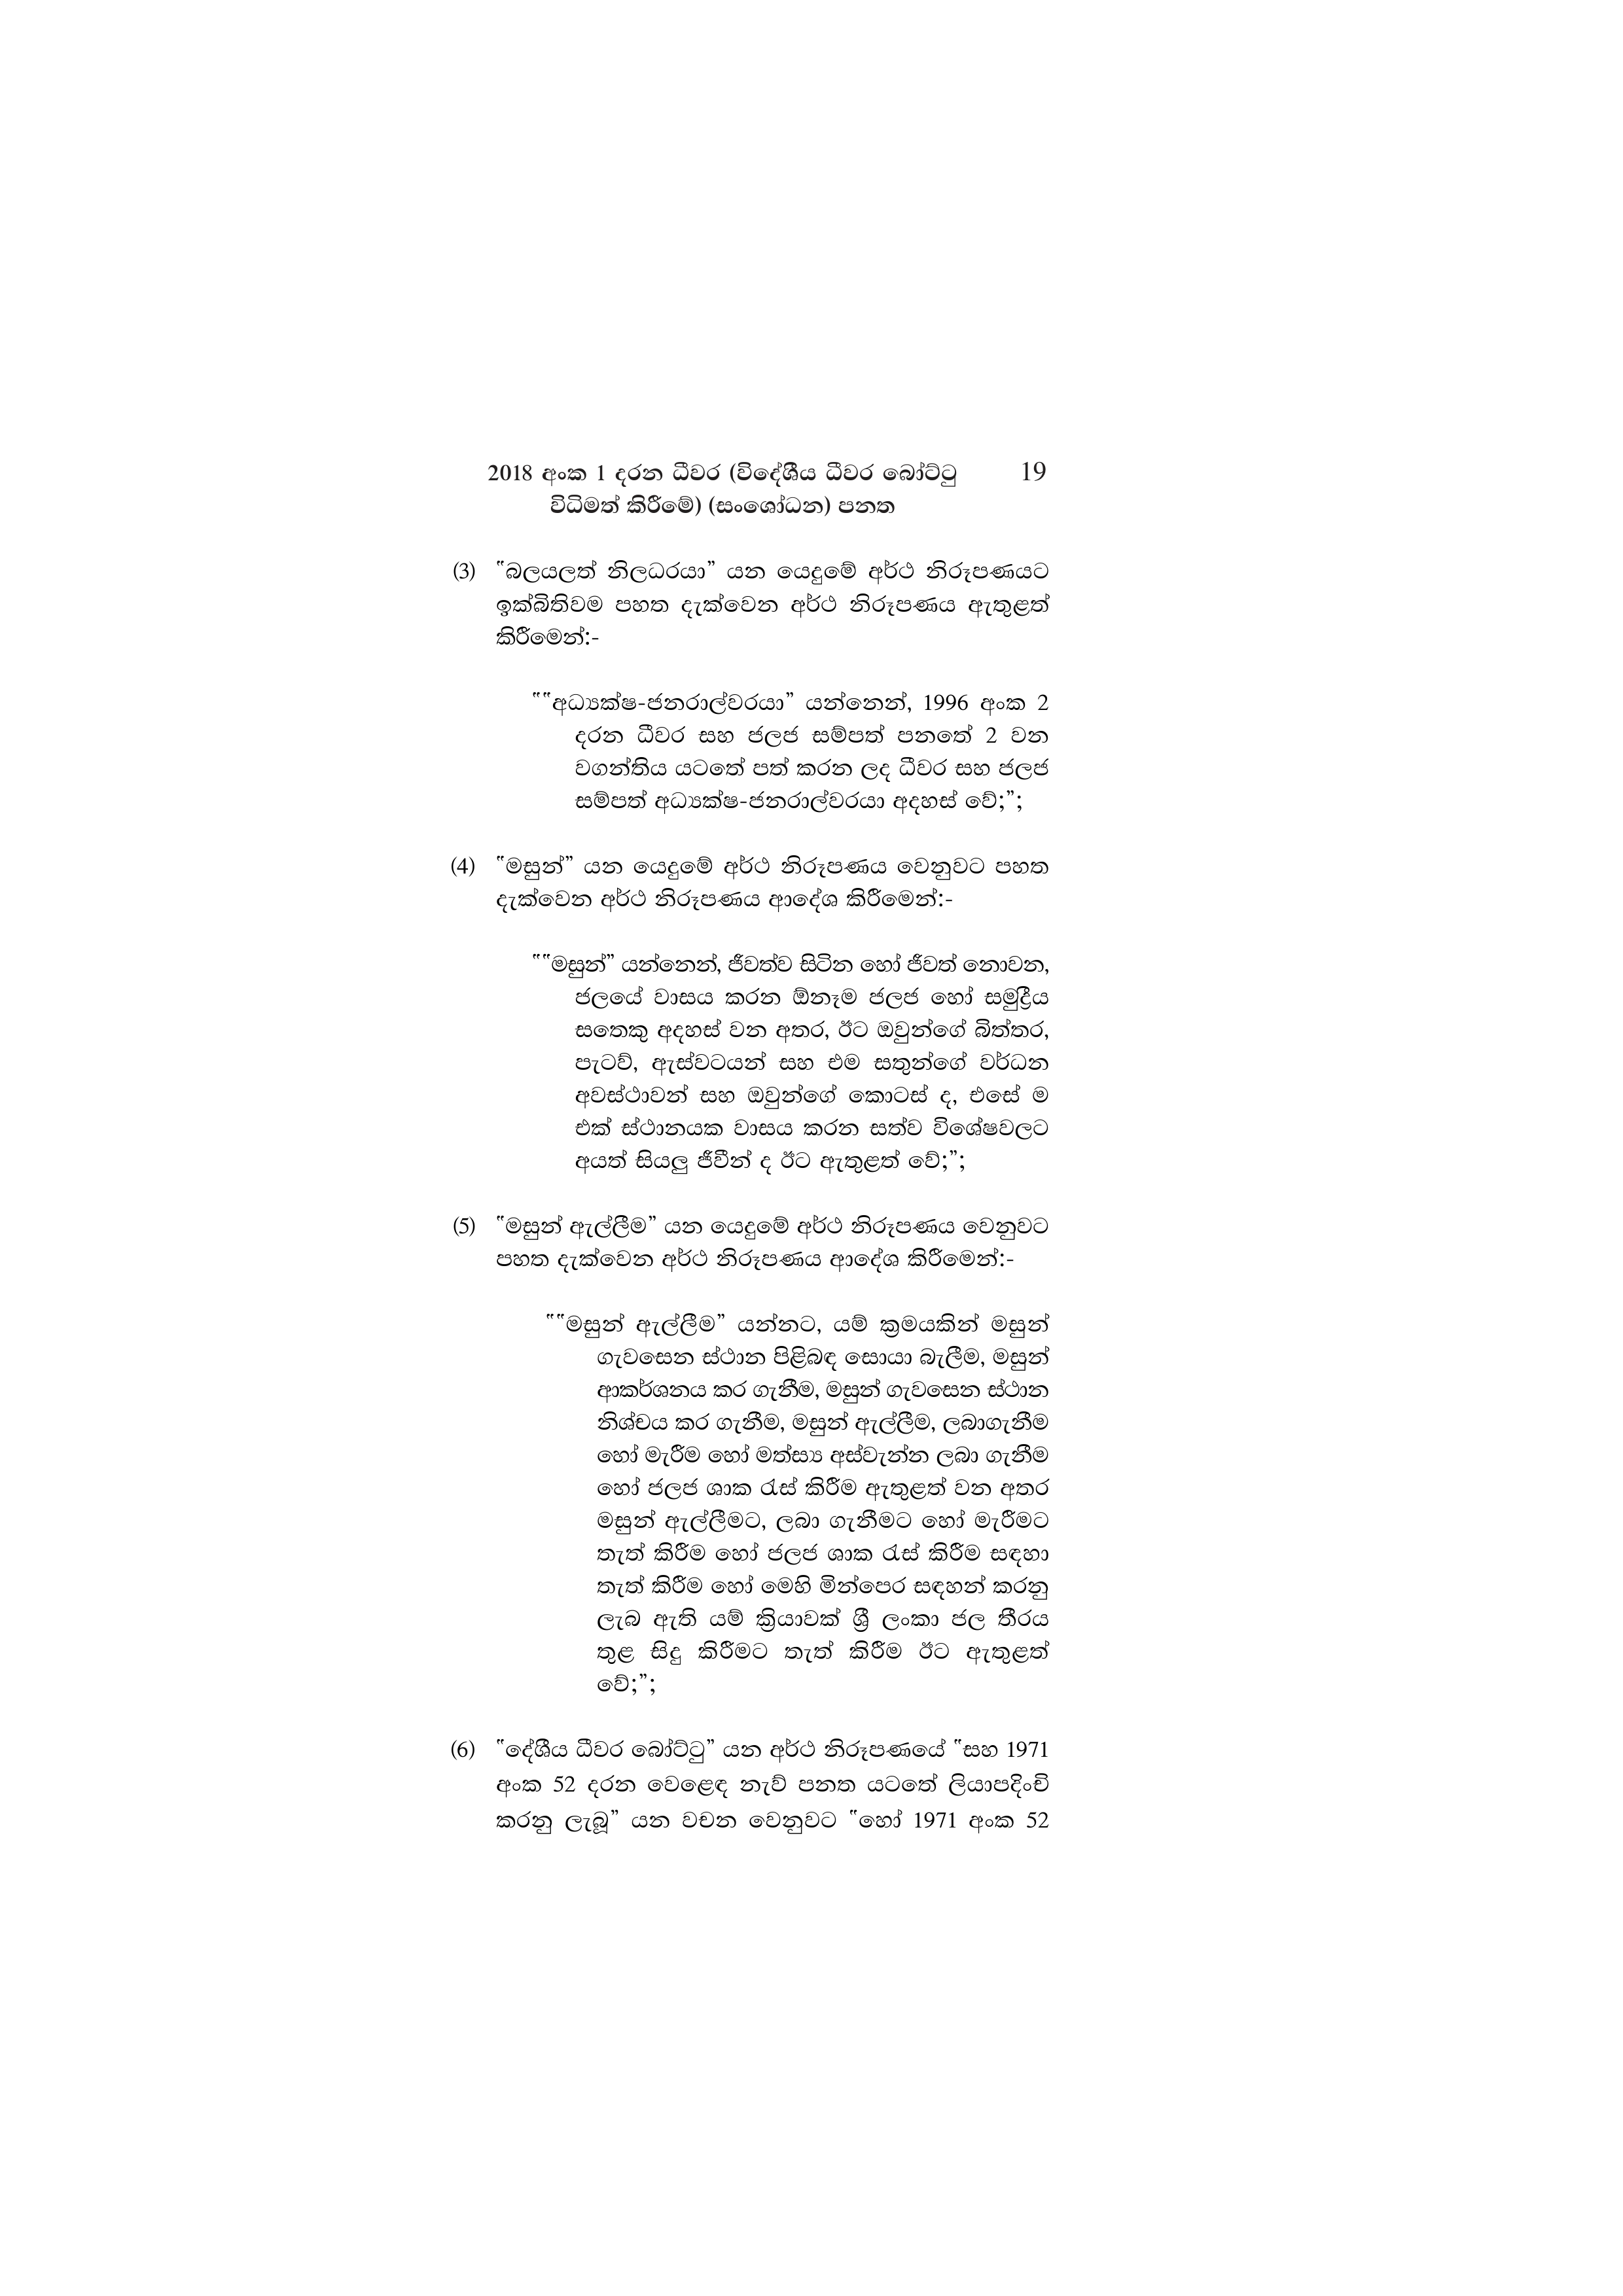
2018 අංක 1 දරන ධීවර (විදේශීය ධීවර බෝට්ටු 19
විධිමත් කිරීමේ) (සංශෝධන) පනත

(3) "බලයලත් නිලධරයා” යන යෙදුමේ අර්ථ නිරූපණයට
ඉක්බිතිවම පහත දැක්වෙන අර්ථ නිරූපණය ඇතුළත්
කිරීමෙන්:-

""අධ්‍යක්ෂ-ජනරාල්වරයා” යන්නෙන්, 1996 අංක 2
දරන ධීවර සහ ජලජ සම්පත් පනතේ 2 වන
වගන්තිය යටතේ පත් කරන ලද ධීවර සහ ජලජ
සම්පත් අධ්‍යක්ෂ-ජනරාල්වරයා අදහස් වේ;";

(4) "මසුන්” යන යෙදුමේ අර්ථ නිරූපණය වෙනුවට පහත
දැක්වෙන අර්ථ නිරූපණය ආදේශ කිරීමෙන්:-

""මසුන්” යන්නෙන්, ජීවත්ව සිටින හෝ ජීවත් නොවන,
ජලයේ වාසය කරන ඕනෑම ජලජ හෝ සමුද්‍රීය
සතෙකු අදහස් වන අතර, ඊට ඔවුන්ගේ බිත්තර,
පැටව්, ඇස්වටයන් සහ එම සතුන්ගේ වර්ධන
අවස්ථාවන් සහ ඔවුන්ගේ කොටස් ද, එසේ ම
එක් ස්ථානයක වාසය කරන සත්ව විශේෂවලට
අයත් සියලු ජීවීන් ද ඊට ඇතුළත් වේ;”;

(5) "මසුන් ඇල්ලීම” යන යෙදුමේ අර්ථ නිරූපණය වෙනුවට
පහත දැක්වෙන අර්ථ නිරූපණය ආදේශ කිරීමෙන්:-

""මසුන් ඇල්ලීම” යන්නට, යම් ක්‍රමයකින් මසුන්
ගැවසෙන ස්ථාන පිළිබඳ සොයා බැලීම, මසුන්
ආකර්ශනය කර ගැනීම, මසුන් ගැවසෙන ස්ථාන
නිශ්චය කර ගැනීම, මසුන් ඇල්ලීම, ලබාගැනීම
හෝ මැරීම හෝ මත්ස්‍ය අස්වැන්න ලබා ගැනීම
හෝ ජලජ ශාක රැස් කිරීම ඇතුළත් වන අතර
මසුන් ඇල්ලීමට, ලබා ගැනීමට හෝ මැරීමට
තැත් කිරීම හෝ ජලජ ශාක රැස් කිරීම සඳහා
තැත් කිරීම හෝ මෙහි මින්පෙර සඳහන් කරනු
ලැබ ඇති යම් ක්‍රියාවක් ශ්‍රී ලංකා ජල තීරය
තුළ සිදු කිරීමට තැත් කිරීම ඊට ඇතුළත්
වේ;";

(6) "දේශීය ධීවර බෝට්ටු” යන අර්ථ නිරූපණයේ "සහ 1971
අංක 52 දරන වෙළෙඳ නැව් පනත යටතේ ලියාපදිංචි
කරනු ලැබූ” යන වචන වෙනුවට "හෝ 1971 අංක 52